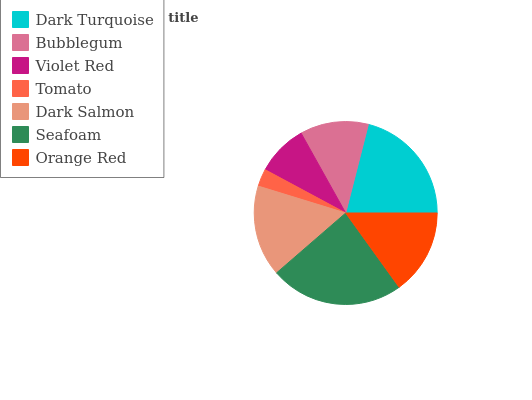
| Dark Turquoise | Bubblegum | Violet Red | Tomato | Dark Salmon | Seafoam | Orange Red |
 | --- | --- | --- | --- | --- | --- | --- |
 | 21% | 12.1% | 9.06% | 3.11% | 16.1% | 23.6% | 15.1% |